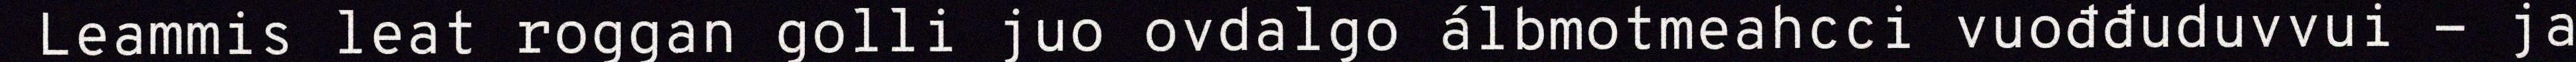
Leammis leat roggan golli juo ovdalgo álbmotmeahcci vuođđuduvvui - ja